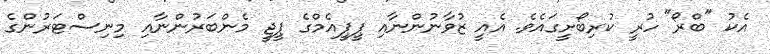
އެކު "ބްރޯ" ހުރީ ކުރިބޯށީގައެވެ. އެއީ ޒުވާނުންނާއި ޕީޕީއެމްގެ ޕީޖީ މެންބަރުންނާއި މިނިސްޓަރުންގެ